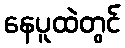
နေပူထဲတွင်